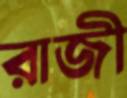
রাজী